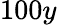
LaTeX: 100y